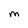
Character: M